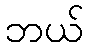
ဘယ်